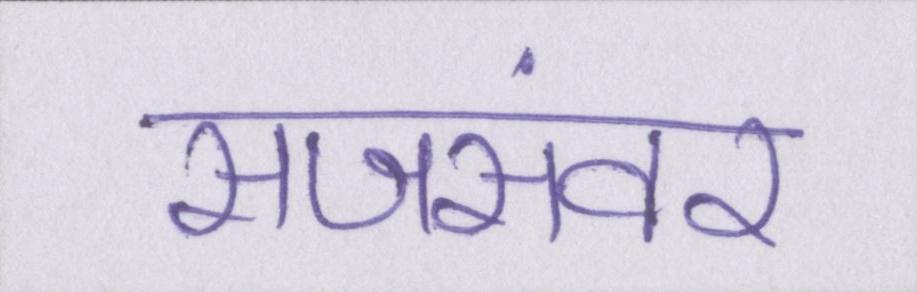
सजसंवर